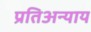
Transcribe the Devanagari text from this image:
प्रतिअन्याय